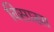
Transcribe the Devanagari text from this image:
विसाखा